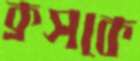
ক্রসকে